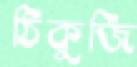
ঠিকুজি